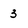
Character: 3